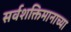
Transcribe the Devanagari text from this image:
सर्वशक्तिमानाच्या